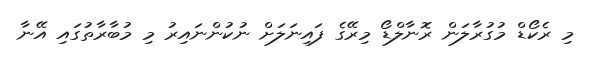
މި ރެކޯޑް މުގުރާލަން ރޮނާލްޑޯ މިރޭގެ ފައިނަލަށް ނުކުންނައިރު މި މުބާރާތުގައި އޭނާ